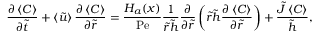
\frac { \partial \left\langle C \right\rangle } { \partial \tilde { t } } + \left\langle \tilde { u } \right\rangle \frac { \partial \left\langle C \right\rangle } { \partial \tilde { r } } = \frac { H _ { a } ( x ) } { \mathrm { P e } } \frac { 1 } { \tilde { r } \tilde { h } } \frac { \partial } { \partial \tilde { r } } \left( \tilde { r } \tilde { h } \frac { \partial \left\langle C \right\rangle } { \partial \tilde { r } } \right) + \frac { \tilde { J } \left\langle C \right\rangle } { \tilde { h } } ,